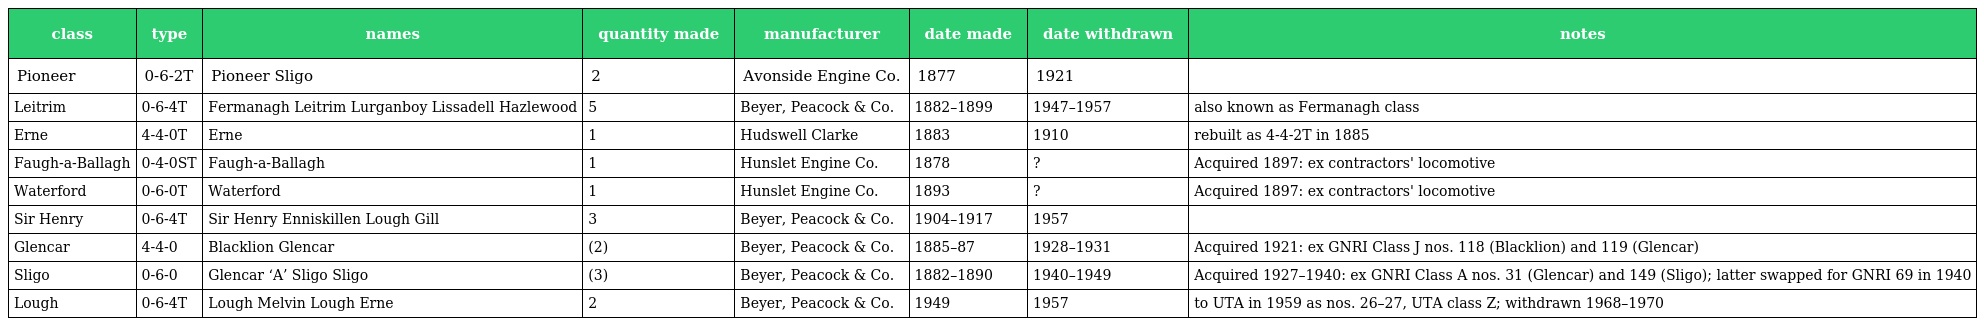
| class | type | names | quantity made | manufacturer | date made | date withdrawn | notes |
 | --- | --- | --- | --- | --- | --- | --- | --- |
 | Pioneer | 0-6-2T | Pioneer Sligo | 2 | Avonside Engine Co. | 1877 | 1921 |  |
 | Leitrim | 0-6-4T | Fermanagh Leitrim Lurganboy Lissadell Hazlewood | 5 | Beyer, Peacock & Co. | 1882–1899 | 1947–1957 | also known as Fermanagh class |
 | Erne | 4-4-0T | Erne | 1 | Hudswell Clarke | 1883 | 1910 | rebuilt as 4-4-2T in 1885 |
 | Faugh-a-Ballagh | 0-4-0ST | Faugh-a-Ballagh | 1 | Hunslet Engine Co. | 1878 | ? | Acquired 1897: ex contractors' locomotive |
 | Waterford | 0-6-0T | Waterford | 1 | Hunslet Engine Co. | 1893 | ? | Acquired 1897: ex contractors' locomotive |
 | Sir Henry | 0-6-4T | Sir Henry Enniskillen Lough Gill | 3 | Beyer, Peacock & Co. | 1904–1917 | 1957 |  |
 | Glencar | 4-4-0 | Blacklion Glencar | (2) | Beyer, Peacock & Co. | 1885–87 | 1928–1931 | Acquired 1921: ex GNRI Class J nos. 118 (Blacklion) and 119 (Glencar) |
 | Sligo | 0-6-0 | Glencar ‘A’ Sligo Sligo | (3) | Beyer, Peacock & Co. | 1882–1890 | 1940–1949 | Acquired 1927–1940: ex GNRI Class A nos. 31 (Glencar) and 149 (Sligo); latter swapped for GNRI 69 in 1940 |
 | Lough | 0-6-4T | Lough Melvin Lough Erne | 2 | Beyer, Peacock & Co. | 1949 | 1957 | to UTA in 1959 as nos. 26–27, UTA class Z; withdrawn 1968–1970 |